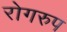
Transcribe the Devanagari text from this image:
रोगरुप